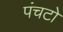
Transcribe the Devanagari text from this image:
पंचटो